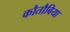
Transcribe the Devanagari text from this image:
कौतौबिया